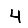
Digit: 4